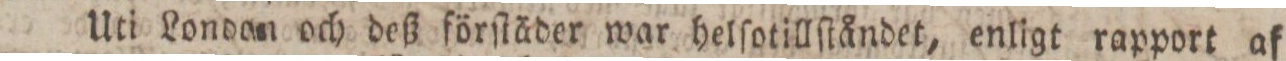
Uti London och deß förſtäder war helſotillſtåndet, enligt rapport af